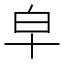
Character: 皁